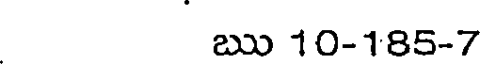
ఋ 10-185-7